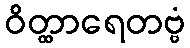
ဝိတ္ထာရေတဗ္ဗံ